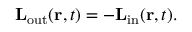
\mathbf { L } _ { \mathrm { o u t } } ( \mathbf { r } , t ) = - \mathbf { L } _ { \mathrm { i n } } ( \mathbf { r } , t ) .